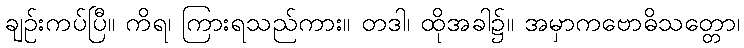
ချဉ်းကပ်ပြီ။ ကိရ၊ ကြားရသည်ကား။ တဒါ၊ ထိုအခါ၌။ အမှာကဗောဓိသတ္တော၊